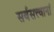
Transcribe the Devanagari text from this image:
सर्वसत्त्वानां